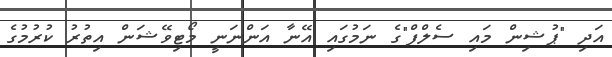
އަދި "ޕުޝިން މައި ސެލްފް"ގެ ނަމުގައި އޭނާ އަންނަނީ މޯޓިވޭޝަން އިތުރު ކުރުމުގެ